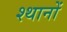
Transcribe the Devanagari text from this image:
श्थानों